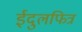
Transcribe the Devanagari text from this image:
ईदुलफित्र